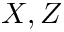
X , Z